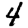
Digit: 4